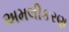
અમલીકરણ